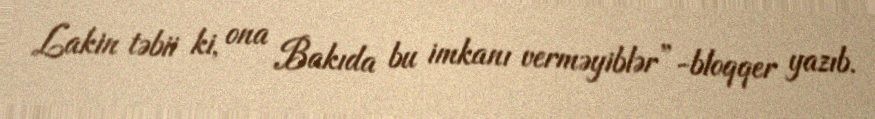
Lakin təbii ki, ona Bakıda bu imkanı verməyiblər”-bloqqer yazıb.